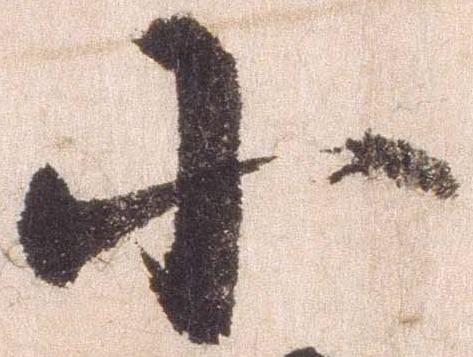
小